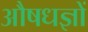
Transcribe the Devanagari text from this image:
औषधज्ञों